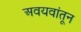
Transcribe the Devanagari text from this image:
अवयवांतून